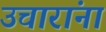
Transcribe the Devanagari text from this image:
उचारांना